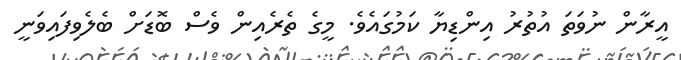
އީރާން ނުވަތަ އުތުރު އިންޑިޔާ ކަމުގައެވެ. މީގެ ތެރެއިން ވެސް ބޮޑަށް ބެލެވިފައިވަނީ